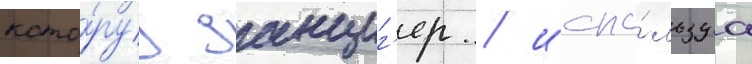
кото́руу данциг'ер / испо́льзуа